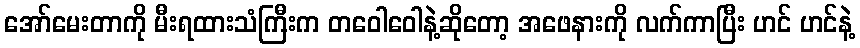
အော်မေးတာကို မီးရထားသံကြီးက တဝေါဝေါနဲ့ဆိုတော့ အဖေနားကို လက်ကာပြီး ဟင် ဟင်နဲ့